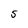
Character: S